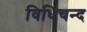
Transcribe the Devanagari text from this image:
विधिचन्द